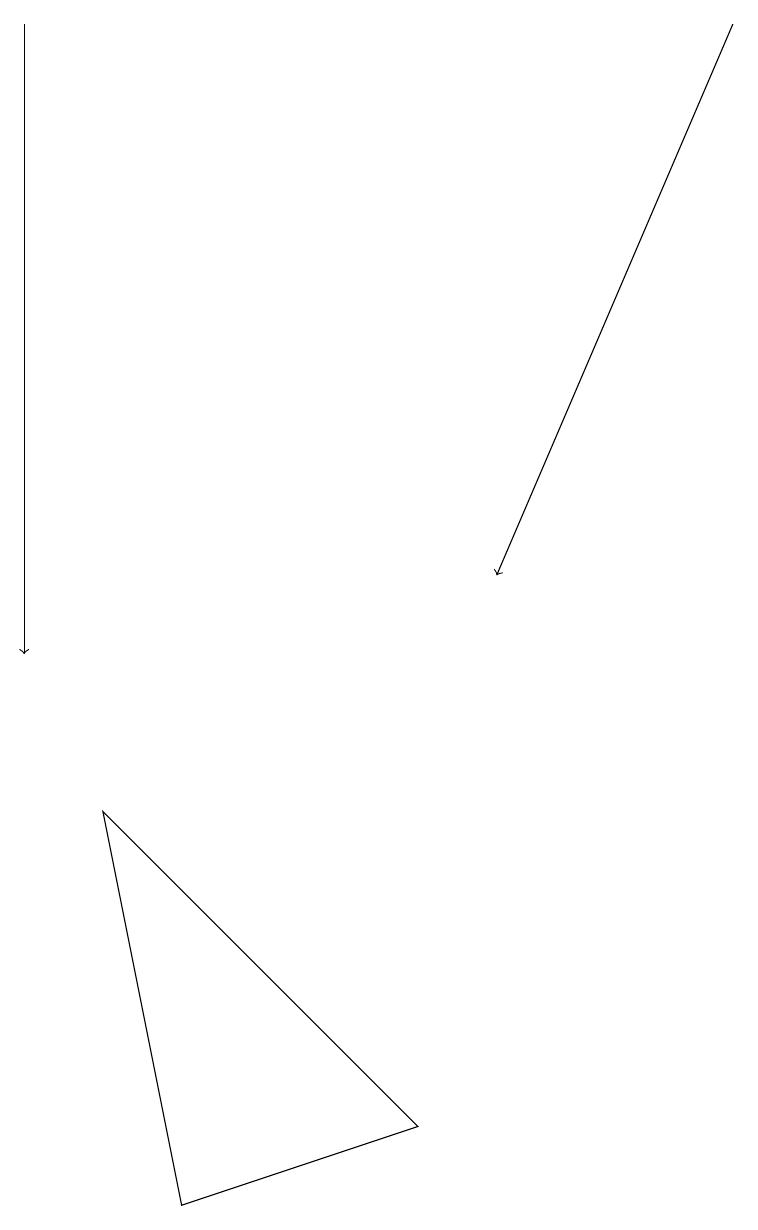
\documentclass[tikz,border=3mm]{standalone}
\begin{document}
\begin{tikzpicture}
\draw[->] (9,19) -- (6,12);
\draw[->] (0,19) -- (0,11);
\draw (2,4) -- (5,5) -- (1,9) -- cycle;
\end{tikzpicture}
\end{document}